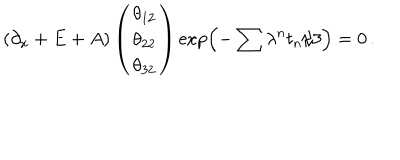
\left( \partial _ { x } + E + A \right) \left( \begin{array} { c } { { \theta _ { 1 2 } } } \\ { { \theta _ { 2 2 } } } \\ { { \theta _ { 3 2 } } } \\ \end{array} \right) \exp \left( - \sum \lambda ^ { n } t _ { n } / 3 \right) = 0 \, .